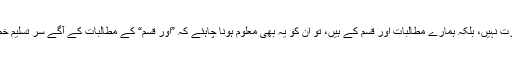
.... ڈاکٹروں کا یہ کہنا کہ ہمیں تنخواہوں میں اضافے کی ضرورت نہیں، بلکہ ہمارے مطالبات اور قسم کے ہیں، تو ان کو یہ بھی معلوم ہونا چاہئے کہ ”اور قسم“ کے مطالبات کے آگے سر تسلیم خم کرنے کے لئے حکومت کی محدودات بھی ” اور قسم“ کی ہیں۔